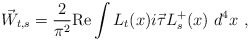
\begin{align*}\vec W_{t,s}=\frac{2}{\pi^2}\mbox{Re}\int L_t(x) i\vec \tau L^+_s(x)~ d^4x~,\end{align*}